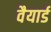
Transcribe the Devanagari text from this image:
वैयार्ड